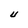
Character: U